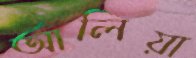
আলিয়া